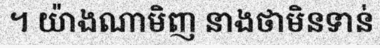
។ យ៉ាងណាមិញ នាងថាមិនទាន់